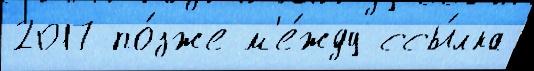
2017 по́зже м'е́жду ссы́лка